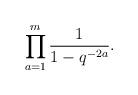
LaTeX: \begin{align*}\prod_{a=1}^m \frac1{1-q^{-2a}}.\end{align*}